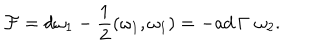
{ \cal F } = d \omega _ { 1 } - { \frac { 1 } { 2 } } ( \omega _ { 1 } , \omega _ { 1 } ) = - \mathrm { a d } \, \Gamma \, \, \omega _ { 2 } .